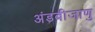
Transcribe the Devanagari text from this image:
अंडबीजाणु